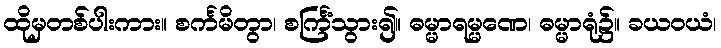
ထိုမှတစ်ပါးကား။ စင်္ကမိတွာ၊ စင်္ကြံသွား၍။ ဓမ္မာရမ္မဏေ၊ ဓမ္မာရုံ၌။ ခယဝယံ၊